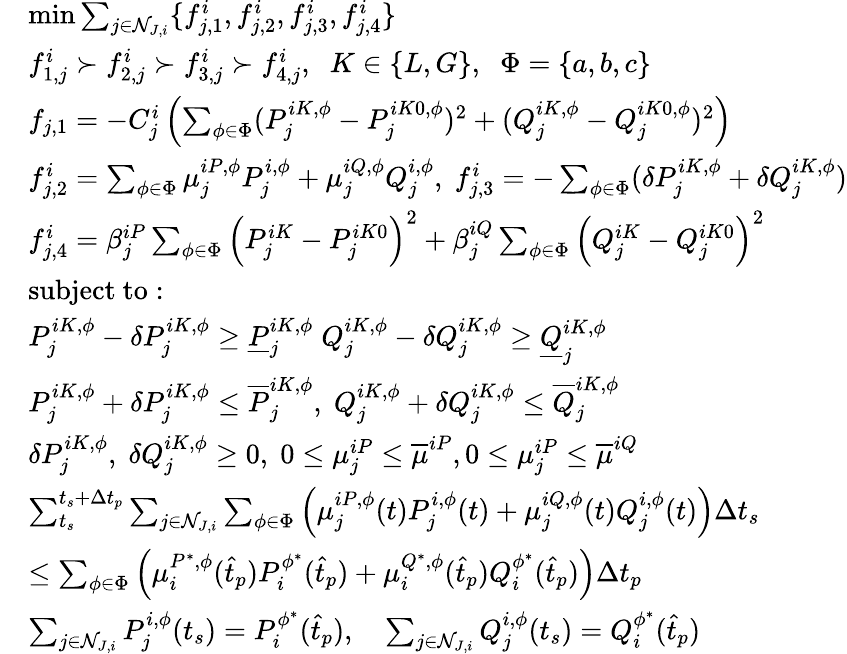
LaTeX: \begin{array}{rl}&{\operatorname*{min}\sum_{j\in\mathcal{N}_{J,i}}\{ f_{j,1}^{i},f_{j,2}^{i},f_{j,3}^{i},f_{j,4}^{i}\} }\\ &{f_{1,j}^{i}\succ f_{2,j}^{i}\succ f_{3,j}^{i}\succ f_{4,j}^{i},\; \; K\in\{ L,G\} ,\; \; \Phi=\{ a,b,c\} }\\ &{f_{j,1}=-C_{j}^{i}\left(\sum_{\phi\in\Phi}(P_{j}^{iK,\phi}-P_{j}^{iK0,\phi})^{2}+(Q_{j}^{iK,\phi}-Q_{j}^{iK0,\phi})^{2}\right)}\\ &{f_{j,2}^{i}=\sum_{\phi\in\Phi}\mu_{j}^{iP,\phi}P_{j}^{i,\phi}+\mu_{j}^{iQ,\phi}Q_{j}^{i,\phi},\; f_{j,3}^{i}=-\sum_{\phi\in\Phi}(\delta P_{j}^{iK,\phi}+\delta Q_{j}^{iK,\phi})}\\ &{f_{j,4}^{i}=\beta_{j}^{iP}\sum_{\phi\in\Phi}\left(P_{j}^{iK}-P_{j}^{iK0}\right)^{2}+\beta_{j}^{iQ}\sum_{\phi\in\Phi}\left(Q_{j}^{iK}-Q_{j}^{iK0}\right)^{2}}\\ &{\mathrm{subject~to:}}\\ &{P_{j}^{iK,\phi}-\delta P_{j}^{iK,\phi}\geq\underline{{P}}_{j}^{iK,\phi}\; Q_{j}^{iK,\phi}-\delta Q_{j}^{iK,\phi}\geq\underline{{Q}}_{j}^{iK,\phi}}\\ &{P_{j}^{iK,\phi}+\delta P_{j}^{iK,\phi}\leq\overline{{P}}_{j}^{iK,\phi},\; Q_{j}^{iK,\phi}+\delta Q_{j}^{iK,\phi}\leq\overline{{Q}}_{j}^{iK,\phi}}\\ &{\delta P_{j}^{iK,\phi},\; \delta Q_{j}^{iK,\phi}\geq 0,\; 0\leq\mu_{j}^{iP}\leq\overline{{\mu}}^{iP},0\leq\mu_{j}^{iP}\leq\overline{{\mu}}^{iQ}\; }\\ &{\sum_{t_{s}}^{t_{s}+\Delta t_{p}}\sum_{j\in\mathcal{N}_{J,i}}\sum_{\phi\in\Phi}\left(\mu_{j}^{iP,\phi}(t)P_{j}^{i,\phi}(t)+\mu_{j}^{iQ,\phi}(t)Q_{j}^{i,\phi}(t)\right)\Delta t_{s}}\\ &{\leq\sum_{\phi\in\Phi}\left(\mu_{i}^{P^{*},\phi}(\hat{t}_{p})P_{i}^{\phi^{*}}(\hat{t}_{p})+\mu_{i}^{Q^{*},\phi}(\hat{t}_{p})Q_{i}^{\phi^{*}}(\hat{t}_{p})\right)\Delta t_{p}}\\ &{\sum_{j\in\mathcal{N}_{J,i}}P_{j}^{i,\phi}(t_{s})=P_{i}^{\phi^{*}}(\hat{t}_{p}),\quad\sum_{j\in\mathcal{N}_{J,i}}Q_{j}^{i,\phi}(t_{s})=Q_{i}^{\phi^{*}}(\hat{t}_{p})}\end{array}